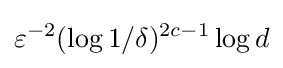
\varepsilon ^{-2}(\log 1/\delta )^{2c-1}\log d